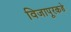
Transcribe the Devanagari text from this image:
विजापूरकडे